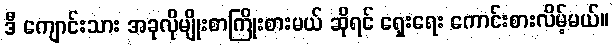
ဒီ ကျောင်းသား အခုလိုမျိုးစာကြိုးစားမယ် ဆိုရင် ရှေးရေး ကောင်းစားလိမ့်မယ်။